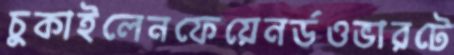
চুকাইলেনফেয়েনর্ডওভারটে